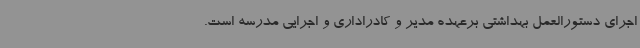
اجرای دستورالعمل بهداشتی برعهده مدیر و کادراداری و اجرایی مدرسه است.